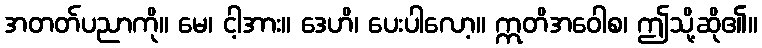
အတတ်ပညာကို။ မေ၊ ငါ့အား။ ဒေဟိ၊ ပေးပါလော့။ ဣတိအဝေါစ၊ ဤသို့ဆို၏။